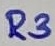
Text: R3